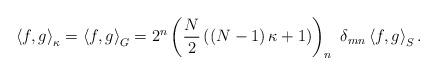
LaTeX: \begin{align*}\left\langle f,g\right\rangle _{\kappa}=\left\langle f,g\right\rangle_{G}=2^{n}\left( \frac{N}{2}\left( \left( N-1\right) \kappa+1\right)\right) _{n}~\delta_{mn}\left\langle f,g\right\rangle _{S}.\end{align*}